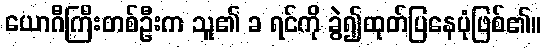
ယောဂီကြီးတစ်ဦးက သူ၏ ခ ရင်ကို ခွဲ၍ထုတ်ပြနေပုံဖြစ်၏။